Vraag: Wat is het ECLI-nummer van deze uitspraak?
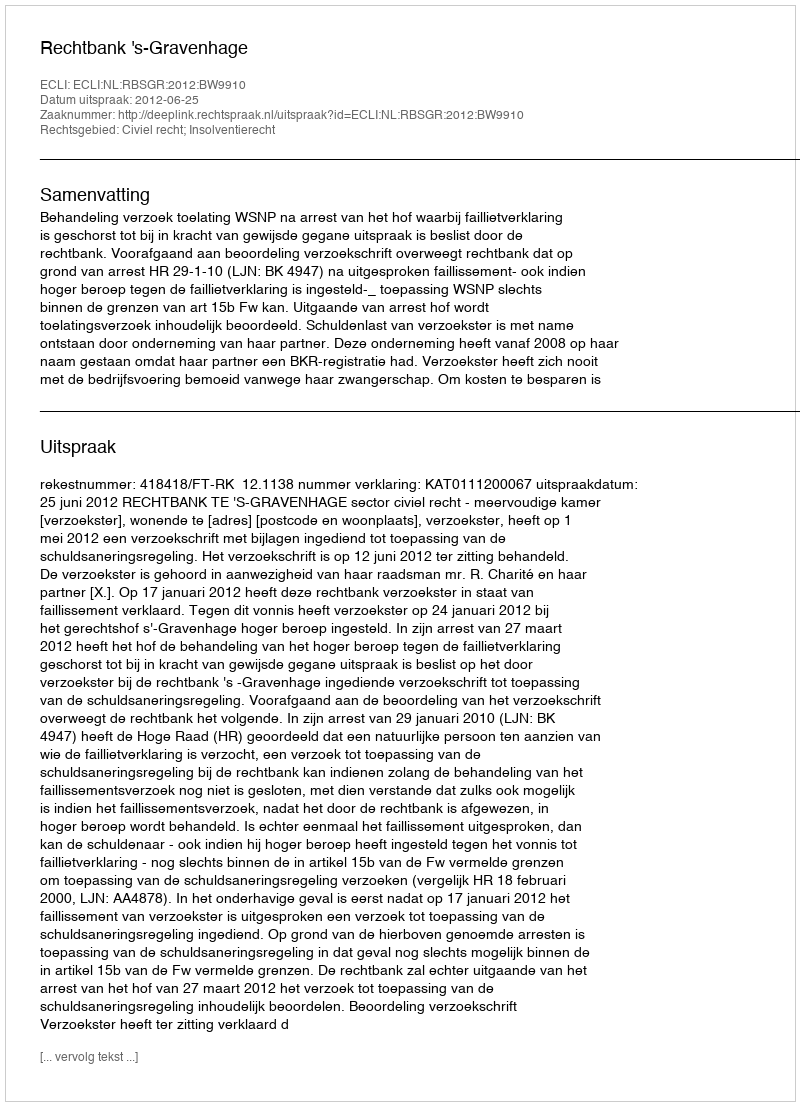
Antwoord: ECLI:NL:RBSGR:2012:BW9910